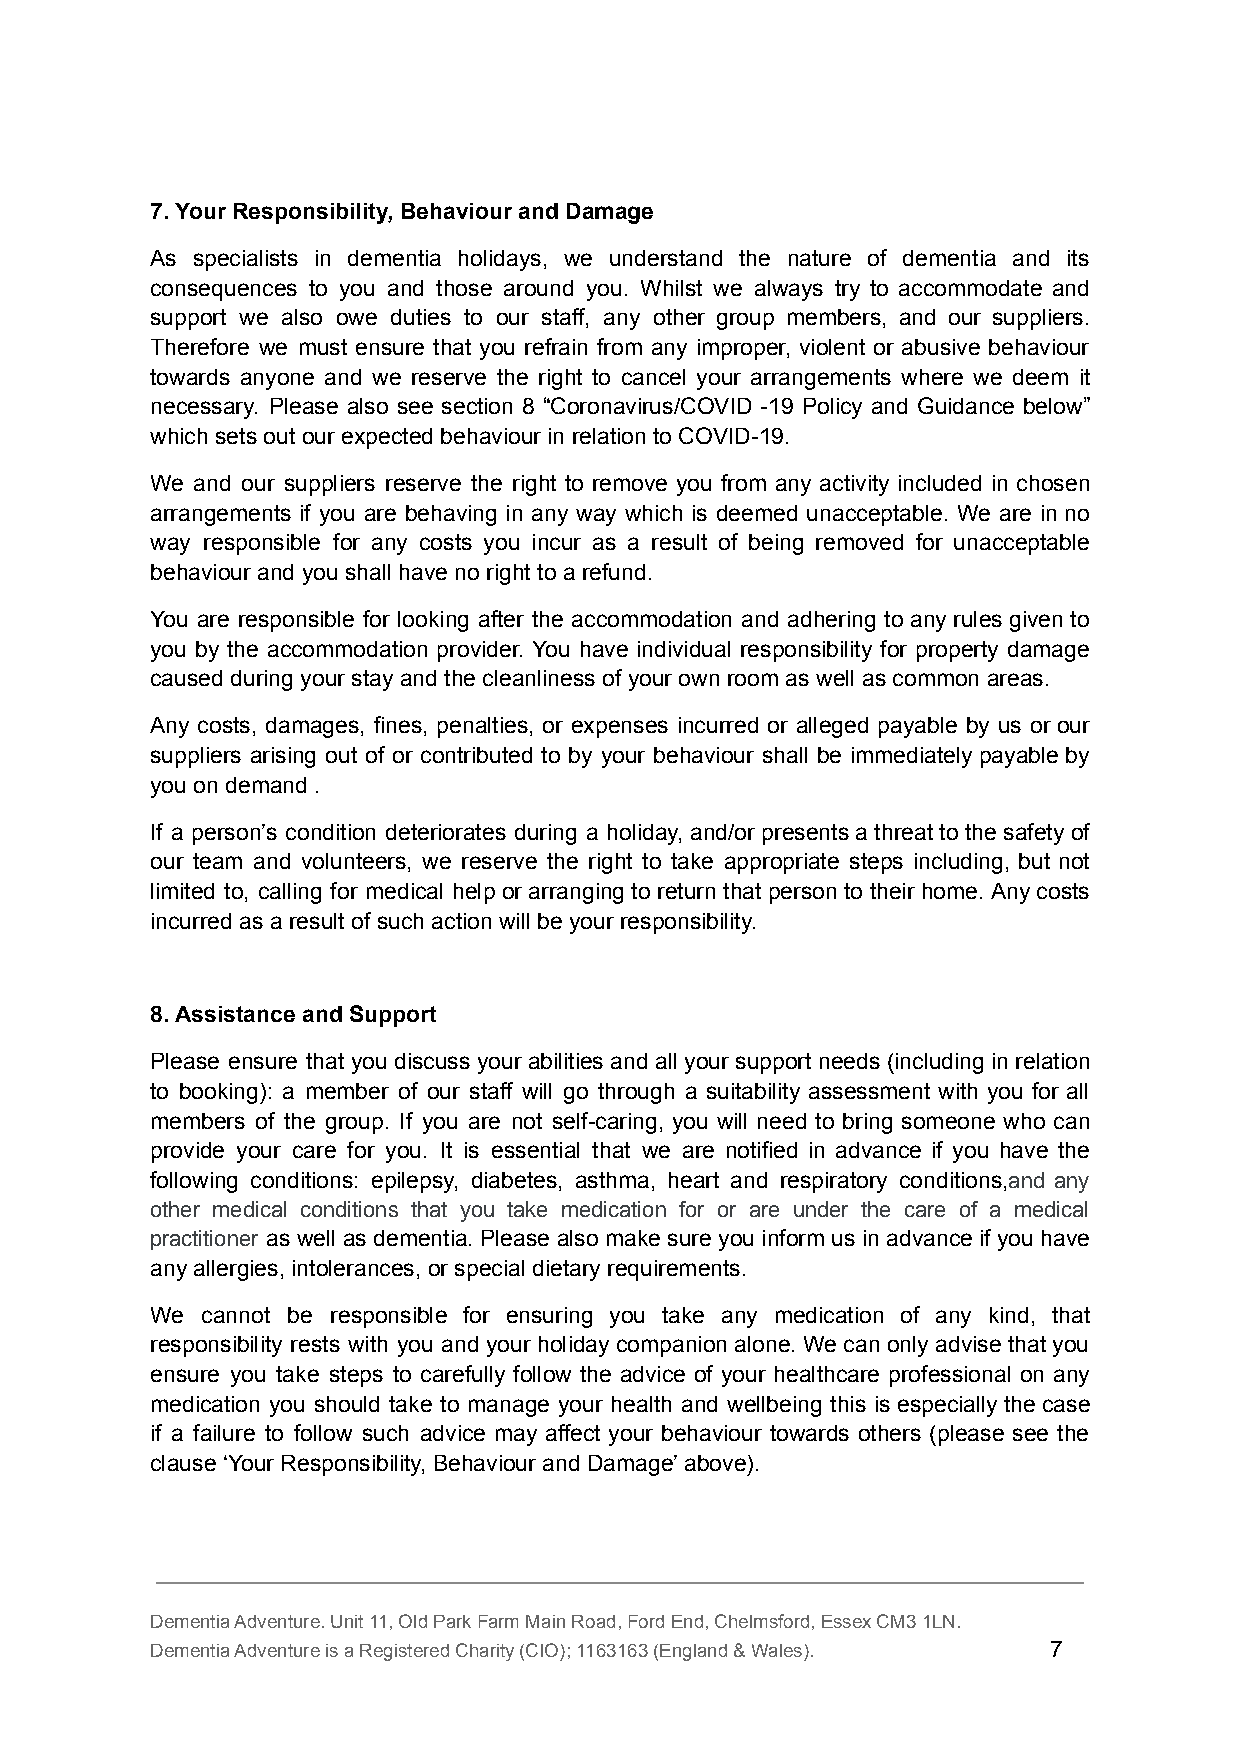
7. Your Responsibility, Behaviour and Damage
 As specialists in dementia holidays, we understand the nature of dementia and its
 consequences to you and those around you. Whilst we always try to accommodate and
 support we also owe duties to our staff, any other group members, and our suppliers.
 Therefore we must ensure that you refrain from any improper, violent or abusive behaviour
 towards anyone and we reserve the right to cancel your arrangements where we deem it
 necessary. Please also see section 8 “Coronavirus/COVID -19 Policy and Guidance below”
 which sets out our expected behaviour in relation to COVID-19.
 We and our suppliers reserve the right to remove you from any activity included in chosen
 arrangements if you are behaving in any way which is deemed unacceptable. We are in no
 way responsible for any costs you incur as a result of being removed for unacceptable
 behaviour and you shall have no right to a refund.
 You are responsible for looking after the accommodation and adhering to any rules given to
 you by the accommodation provider. You have individual responsibility for property damage
 caused during your stay and the cleanliness of your own room as well as common areas.
 Any costs, damages, fines, penalties, or expenses incurred or alleged payable by us or our
 suppliers arising out of or contributed to by your behaviour shall be immediately payable by
 you on demand .
 If a person’s condition deteriorates during a holiday, and/or presents a threat to the safety of
 our team and volunteers, we reserve the right to take appropriate steps including, but not
 limited to, calling for medical help or arranging to return that person to their home. Any costs
 incurred as a result of such action will be your responsibility.
 8. Assistance and Support
 Please ensure that you discuss your abilities and all your support needs (including in relation
 to booking): a member of our staff will go through a suitability assessment with you for all
 members of the group. If you are not self-caring, you will need to bring someone who can
 provide your care for you. It is essential that we are notified in advance if you have the
 following conditions: epilepsy, diabetes, asthma, heart and respiratory conditions,and any
 other medical conditions that you take medication for or are under the care of a medical
 practitioner as well as dementia. Please also make sure you inform us in advance if you have
 any allergies, intolerances, or special dietary requirements.
 We cannot be responsible for ensuring you take any medication of any kind, that
 responsibility rests with you and your holiday companion alone. We can only advise that you
 ensure you take steps to carefully follow the advice of your healthcare professional on any
 medication you should take to manage your health and wellbeing this is especially the case
 if a failure to follow such advice may affect your behaviour towards others (please see the
 clause ‘Your Responsibility, Behaviour and Damage’ above).
 Dementia Adventure. Unit 11, Old Park Farm Main Road, Ford End, Chelmsford, Essex CM3 1LN.
 Dementia Adventure is a Registered Charity (CIO); 1163163 (England & Wales). 7